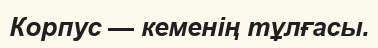
Корпус — кеменің тұлғасы.